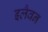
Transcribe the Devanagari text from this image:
इलैवन